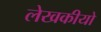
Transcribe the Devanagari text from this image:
लेखकीयो